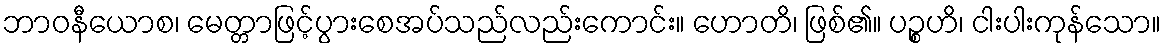
ဘာဝနီယောစ၊ မေတ္တာဖြင့်ပွားစေအပ်သည်လည်းကောင်း။ ဟောတိ၊ ဖြစ်၏။ ပဉ္စဟိ၊ ငါးပါးကုန်သော။